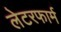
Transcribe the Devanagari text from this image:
लेटरफार्म